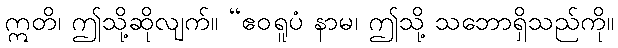
ဣတိ၊ ဤသို့ဆိုလျက်။ “ဧဝရူပံ နာမ၊ ဤသို့ သဘောရှိသည်ကို။